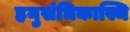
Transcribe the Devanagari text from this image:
हनुसंधिकास्थि